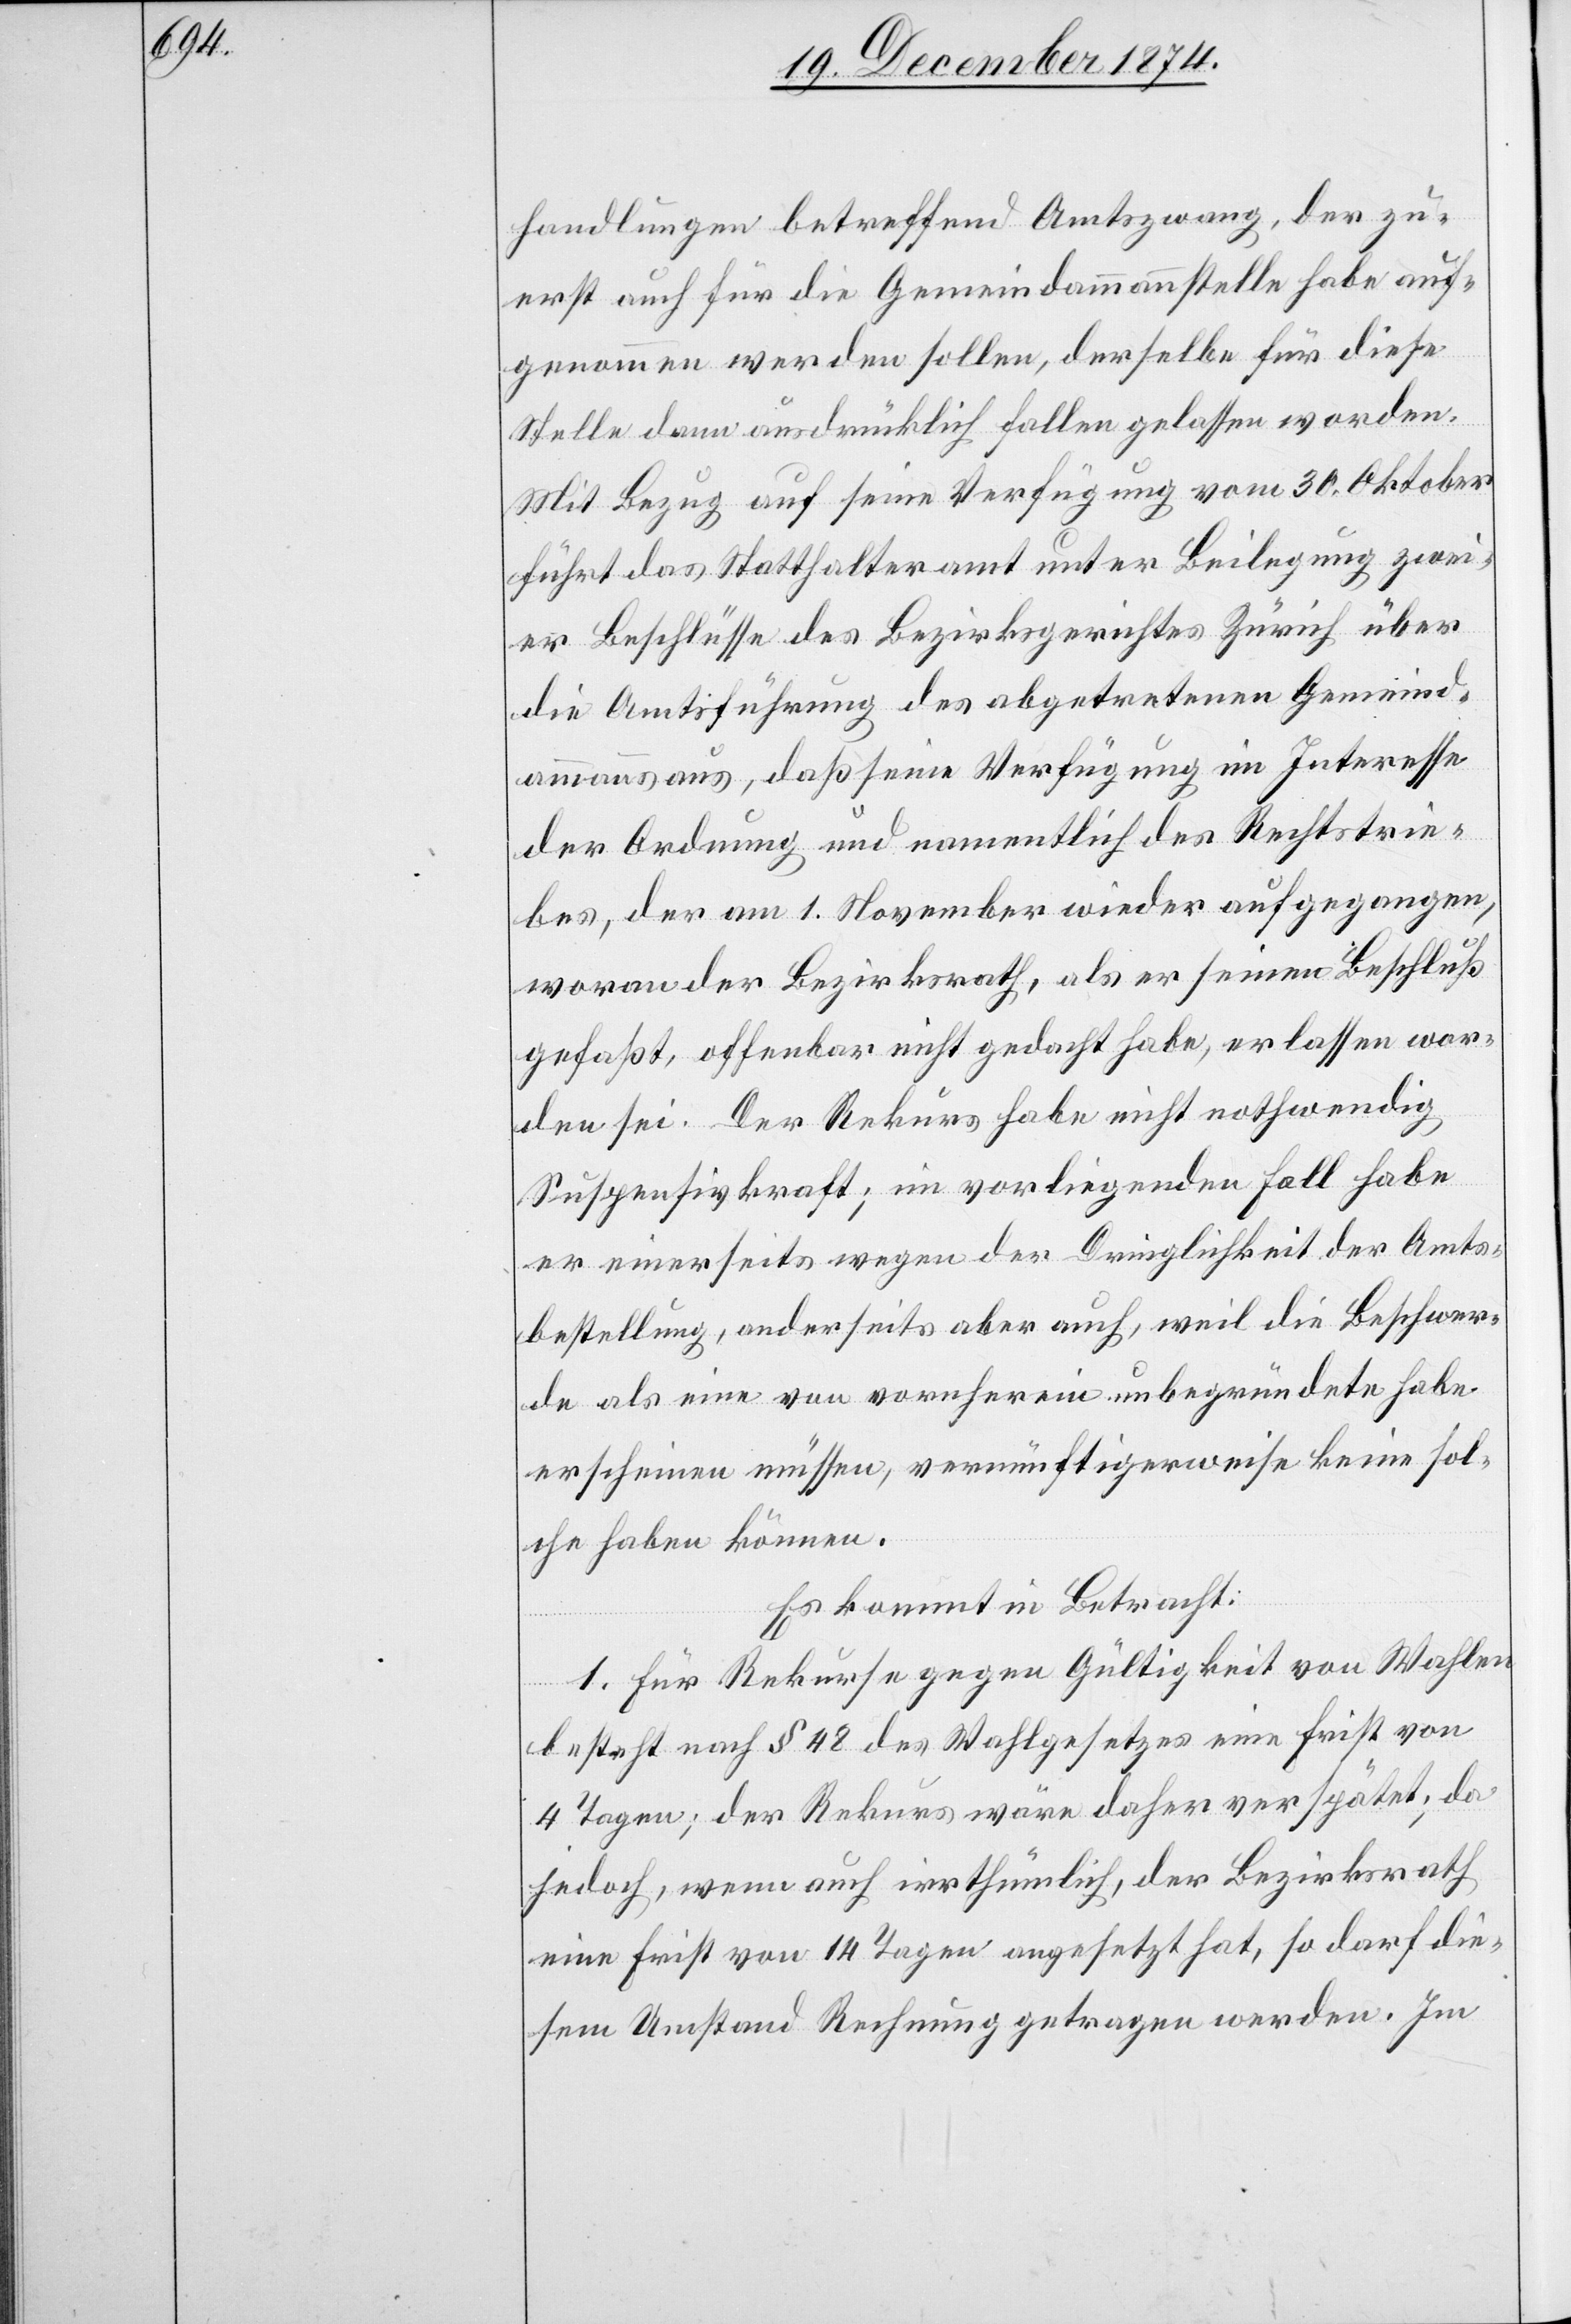
handlungen betreffend Amtszwang, der zu¬
erst auch für die Gemeindammannstelle habe auf¬
genommen werden sollen, derselbe für diese
Stelle dann ausdrücklich fallen gelassen worden.
Mit Bezug auf seine Verfügung vom 30. Oktober
führt das Statthalteramt unter Beilegung zwei¬
er Beschlüsse des Bezirksgerichtes Zürich über
die Amtsführung des abgetretenen Gemeind¬
ammanns aus, daß seine Verfügung im Interesse
der Ordnung und namentlich des Rechtstrie¬
bes, der am 1. November wieder aufgegangen,
woran der Bezirksrath, als er seinen Beschluß
gefaßt, offenbar nicht gedacht habe, erlassen wor¬
den sei. Der Rekurs habe nicht nothwendig
Suspensivkraft; im vorliegenden Fall habe
er einerseits wegen der Dringlichkeit der Amts¬
bestellung, anderseits aber auch, weil die Beschwer¬
de als eine von vornherein unbegründete habe
erscheinen müssen, vernünftigerweise keine sol¬
che haben können.
Es kommt in Betracht:
1. Für Rekurse gegen Gültigkeit von Wahlen
besteht nach § 48 des Wahlgesetzes eine Frist von
4 Tagen; der Rekurs wäre daher verspätet; da
jedoch, wenn auch irrthümlich, der Bezirksrath
eine Frist von 14 Tagen angesetzt hat, so darf die¬
sem Umstand Rechnung getragen werden. Im